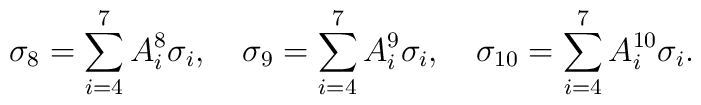
\sigma_8=\sum_{i=4}^7A^8_i\sigma_i,\quad\sigma_9=\sum_{i=4}^7A^9_i\sigma_i,\quad\sigma_{10}=\sum_{i=4}^7A^{10}_i\sigma_i.